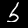
Digit: 5